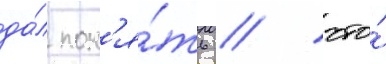
да́л пон'я́ть / что́